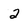
Character: 2